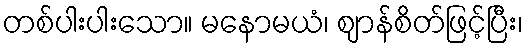
တစ်ပါးပါးသော။ မနောမယံ၊ ဈာန်စိတ်ဖြင့်ပြီး၊